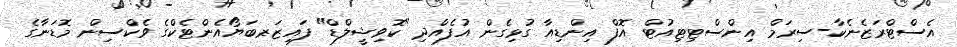
އެސްޓްރަޒެނެކާ-ސިރަމް އިންސްޓިޓިއުޓް އޮފް އިންޑިއާ ގުޅިގެން އުފެއްދި "ކޮވިޝީލްޑް" ފައިޒަރ-ބަޔޯއެންޓެކްގެ ވެކްސިން މޮޑަނާގެ